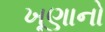
ખૂણાનો